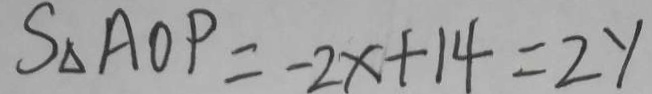
S _ { \Delta } A O P = - 2 x + 1 4 = 2 y